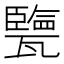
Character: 㽉